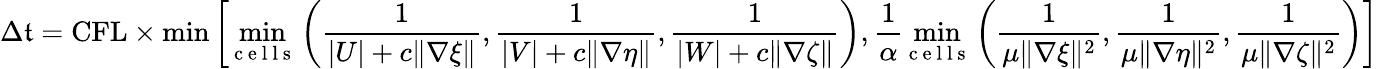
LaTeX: \Delta\mathfrak{t}=\mathrm{{CFL}}\times\operatorname*{min}\left[\operatorname*{min}_{\mathrm{{~c~e~l~l~s~}}}\left(\frac{{1}}{{|U|+c\| \nabla\xi\| }},\frac{{1}}{{|V|+c\| \nabla\eta\| }},\frac{{1}}{{|W|+c\| \nabla\zeta\| }}\right)\right.,\frac{{1}}{{\alpha}}\left.\operatorname*{min}_{\mathrm{{~c~e~l~l~s~}}}\left(\frac{{1}}{{\mu\| \nabla\xi\| ^{2}}},\frac{{1}}{{\mu\| \nabla\eta\| ^{2}}},\frac{{1}}{{\mu\| \nabla\zeta\| ^{2}}}\right)\right]